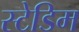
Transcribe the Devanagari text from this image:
स्टेडिम